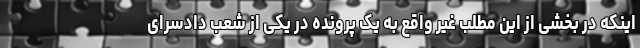
اینکه در بخشی از این مطلب غیر واقع به یک پرونده در یکی از شعب دادسرای